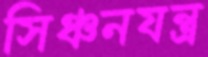
সিঞ্চনযন্ত্র